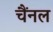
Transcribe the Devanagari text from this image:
चैंनल